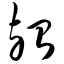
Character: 殆